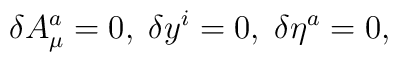
\delta A_{\mu }^{a}=0,\;\delta y^{i}=0,\;\delta \eta ^{a}=0,